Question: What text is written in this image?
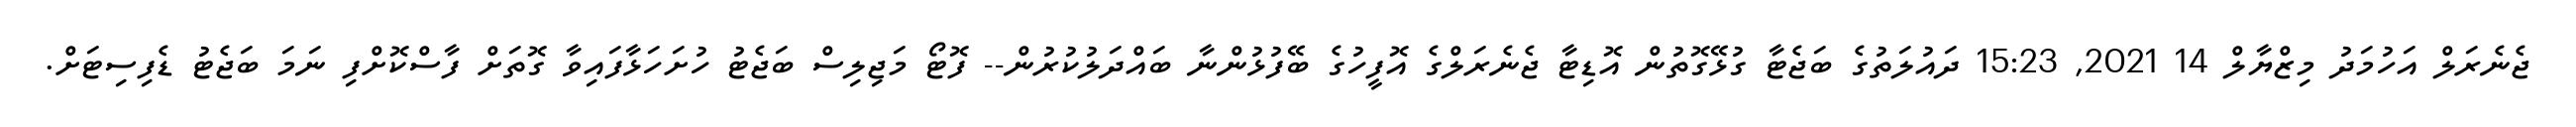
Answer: ޖެނެރަލް އަހުމަދު މިޒްޔާލް 14 2021, 15:23 ދައުލަތުގެ ބަޖެޓާ ގުޅޭގޮތުން އޮޑިޓާ ޖެނެރަލްގެ އޮފީހުގެ ބޭފުޅުންނާ ބައްދަލުކުރުން-- ފޮޓޯ މަޖިލިސް ބަޖެޓު ހުށަހަޅާފައިވާ ގޮތަށް ފާސްކޮށްފި ނަމަ ބަޖެޓު ޑެފިސިޓަށް.